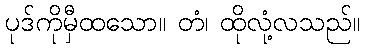
ပုဒ်ကိုမှီထသော။ တံ၊ ထိုလုံ့လသည်။